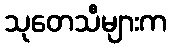
သုတေသီများက